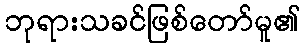
ဘုရားသခင်ဖြစ်တော်မူ၏